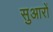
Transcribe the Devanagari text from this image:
सुआरों